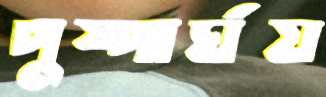
পুষ্পার্ঘয